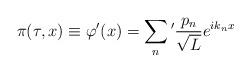
LaTeX: \begin{align*}\pi(\tau ,x) \equiv \varphi '(x) = \sum_n{}' \frac{p_n}{\sqrt{L}}e^{ik_nx}\end{align*}